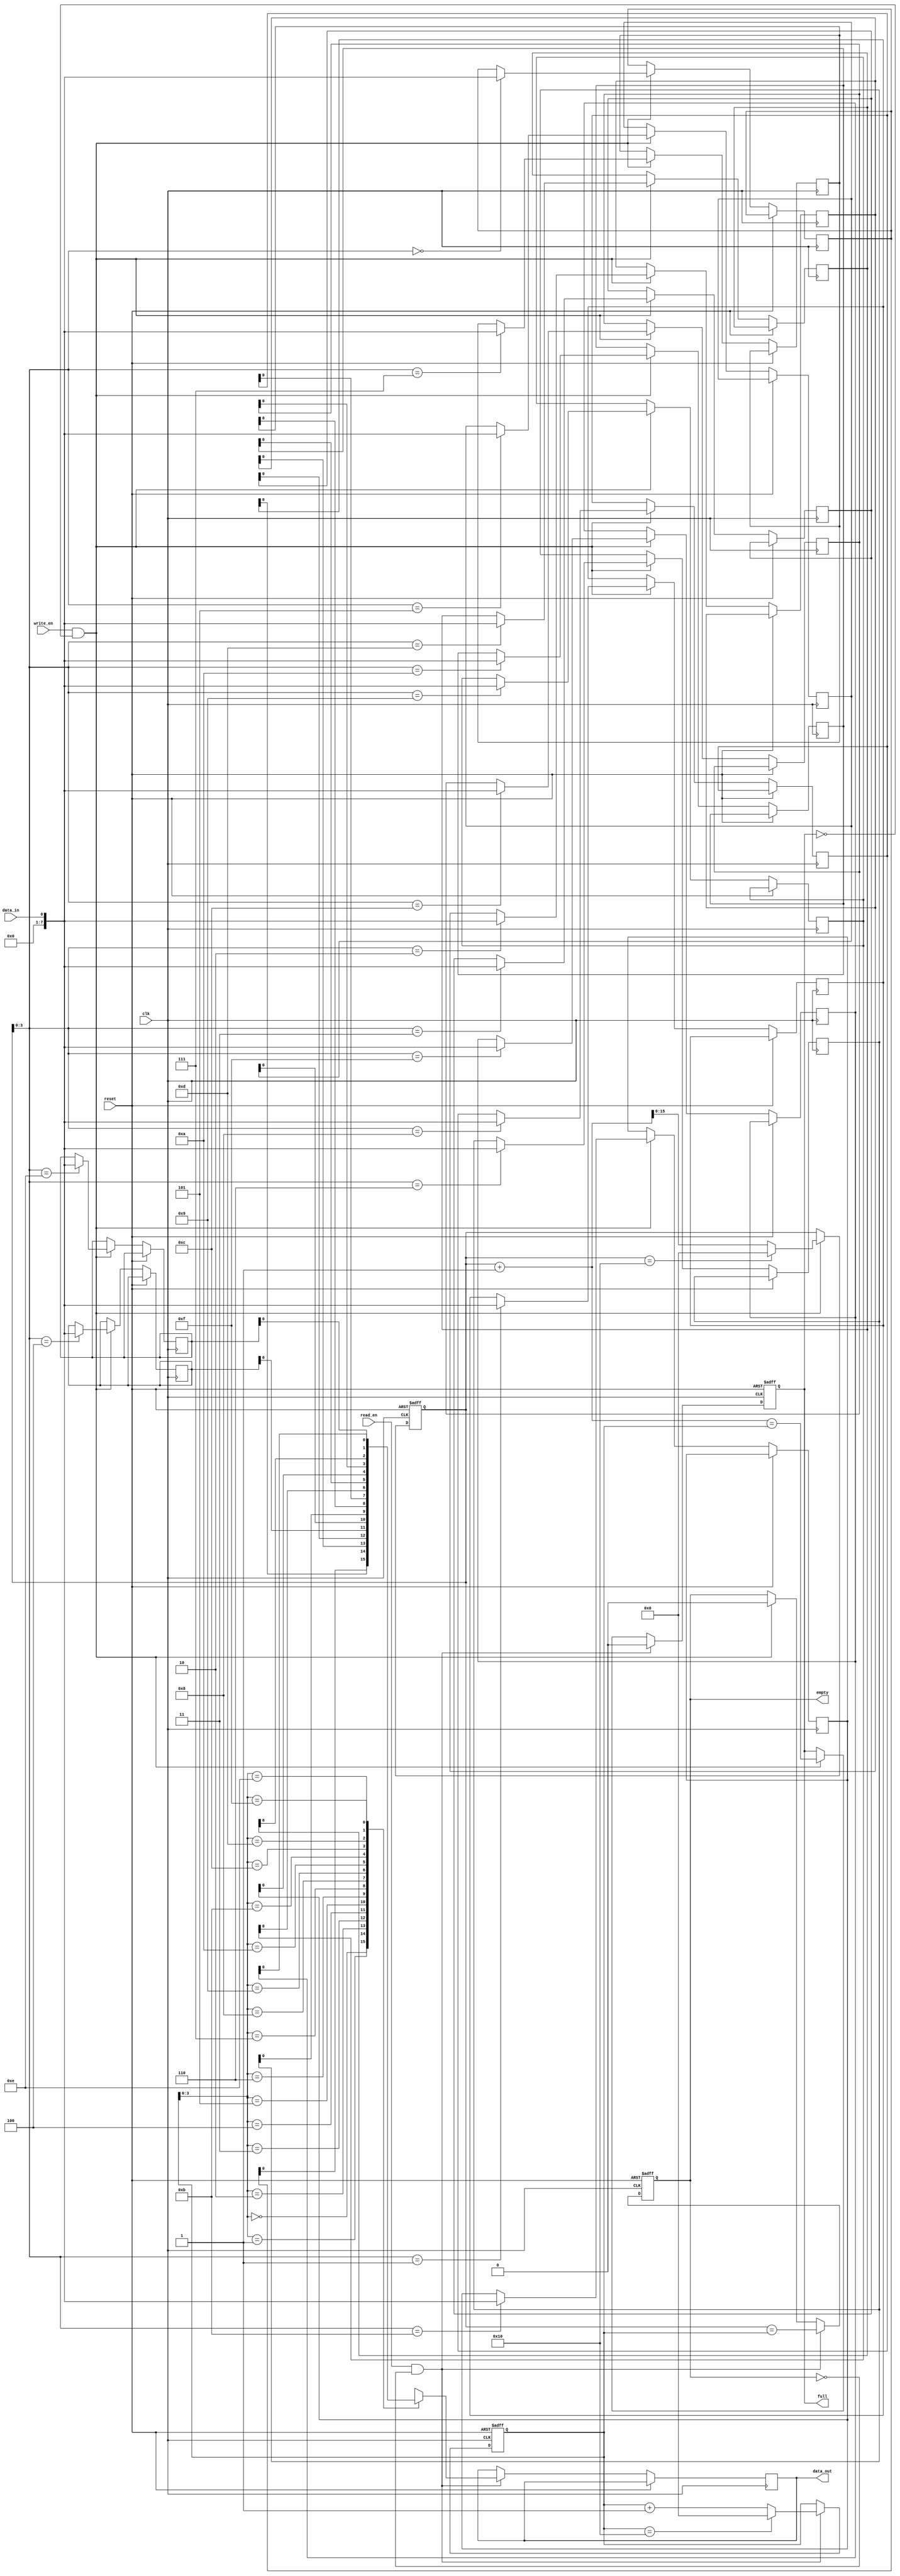
module synchronous_fifo (
  input wire clk,
  input wire reset,
  input wire write_en,
  input wire read_en,
  input wire data_in,
  output wire data_out,
  output wire full,
  output wire empty
);

parameter DEPTH = 16;
parameter WIDTH = 8;

reg [WIDTH-1:0] mem [DEPTH-1:0];
reg [DEPTH-1:0] read_ptr, write_ptr;
reg full, empty;

always @(posedge clk or posedge reset) begin
  if (reset) begin
    read_ptr <= 0;
    write_ptr <= 0;
    full <= 0;
    empty <= 1;
  end else begin
    if (write_en && !full) begin
      mem[write_ptr] <= data_in;
      write_ptr <= write_ptr + 1;
      if (write_ptr == DEPTH)
        write_ptr <= 0;
      full <= (write_ptr + 1 == read_ptr);
      empty <= 0;
    end

    if (read_en && !empty) begin
      data_out <= mem[read_ptr];
      read_ptr <= read_ptr + 1;
      if (read_ptr == DEPTH)
        read_ptr <= 0;
      empty <= (write_ptr == read_ptr);
      full <= 0;
    end
  end
end

endmodule